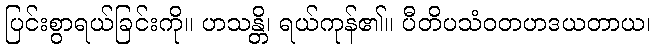
ပြင်းစွာရယ်ခြင်းကို။ ဟသန္တိ၊ ရယ်ကုန်၏။ ပီတိပသံဝတဟဒယတာယ၊